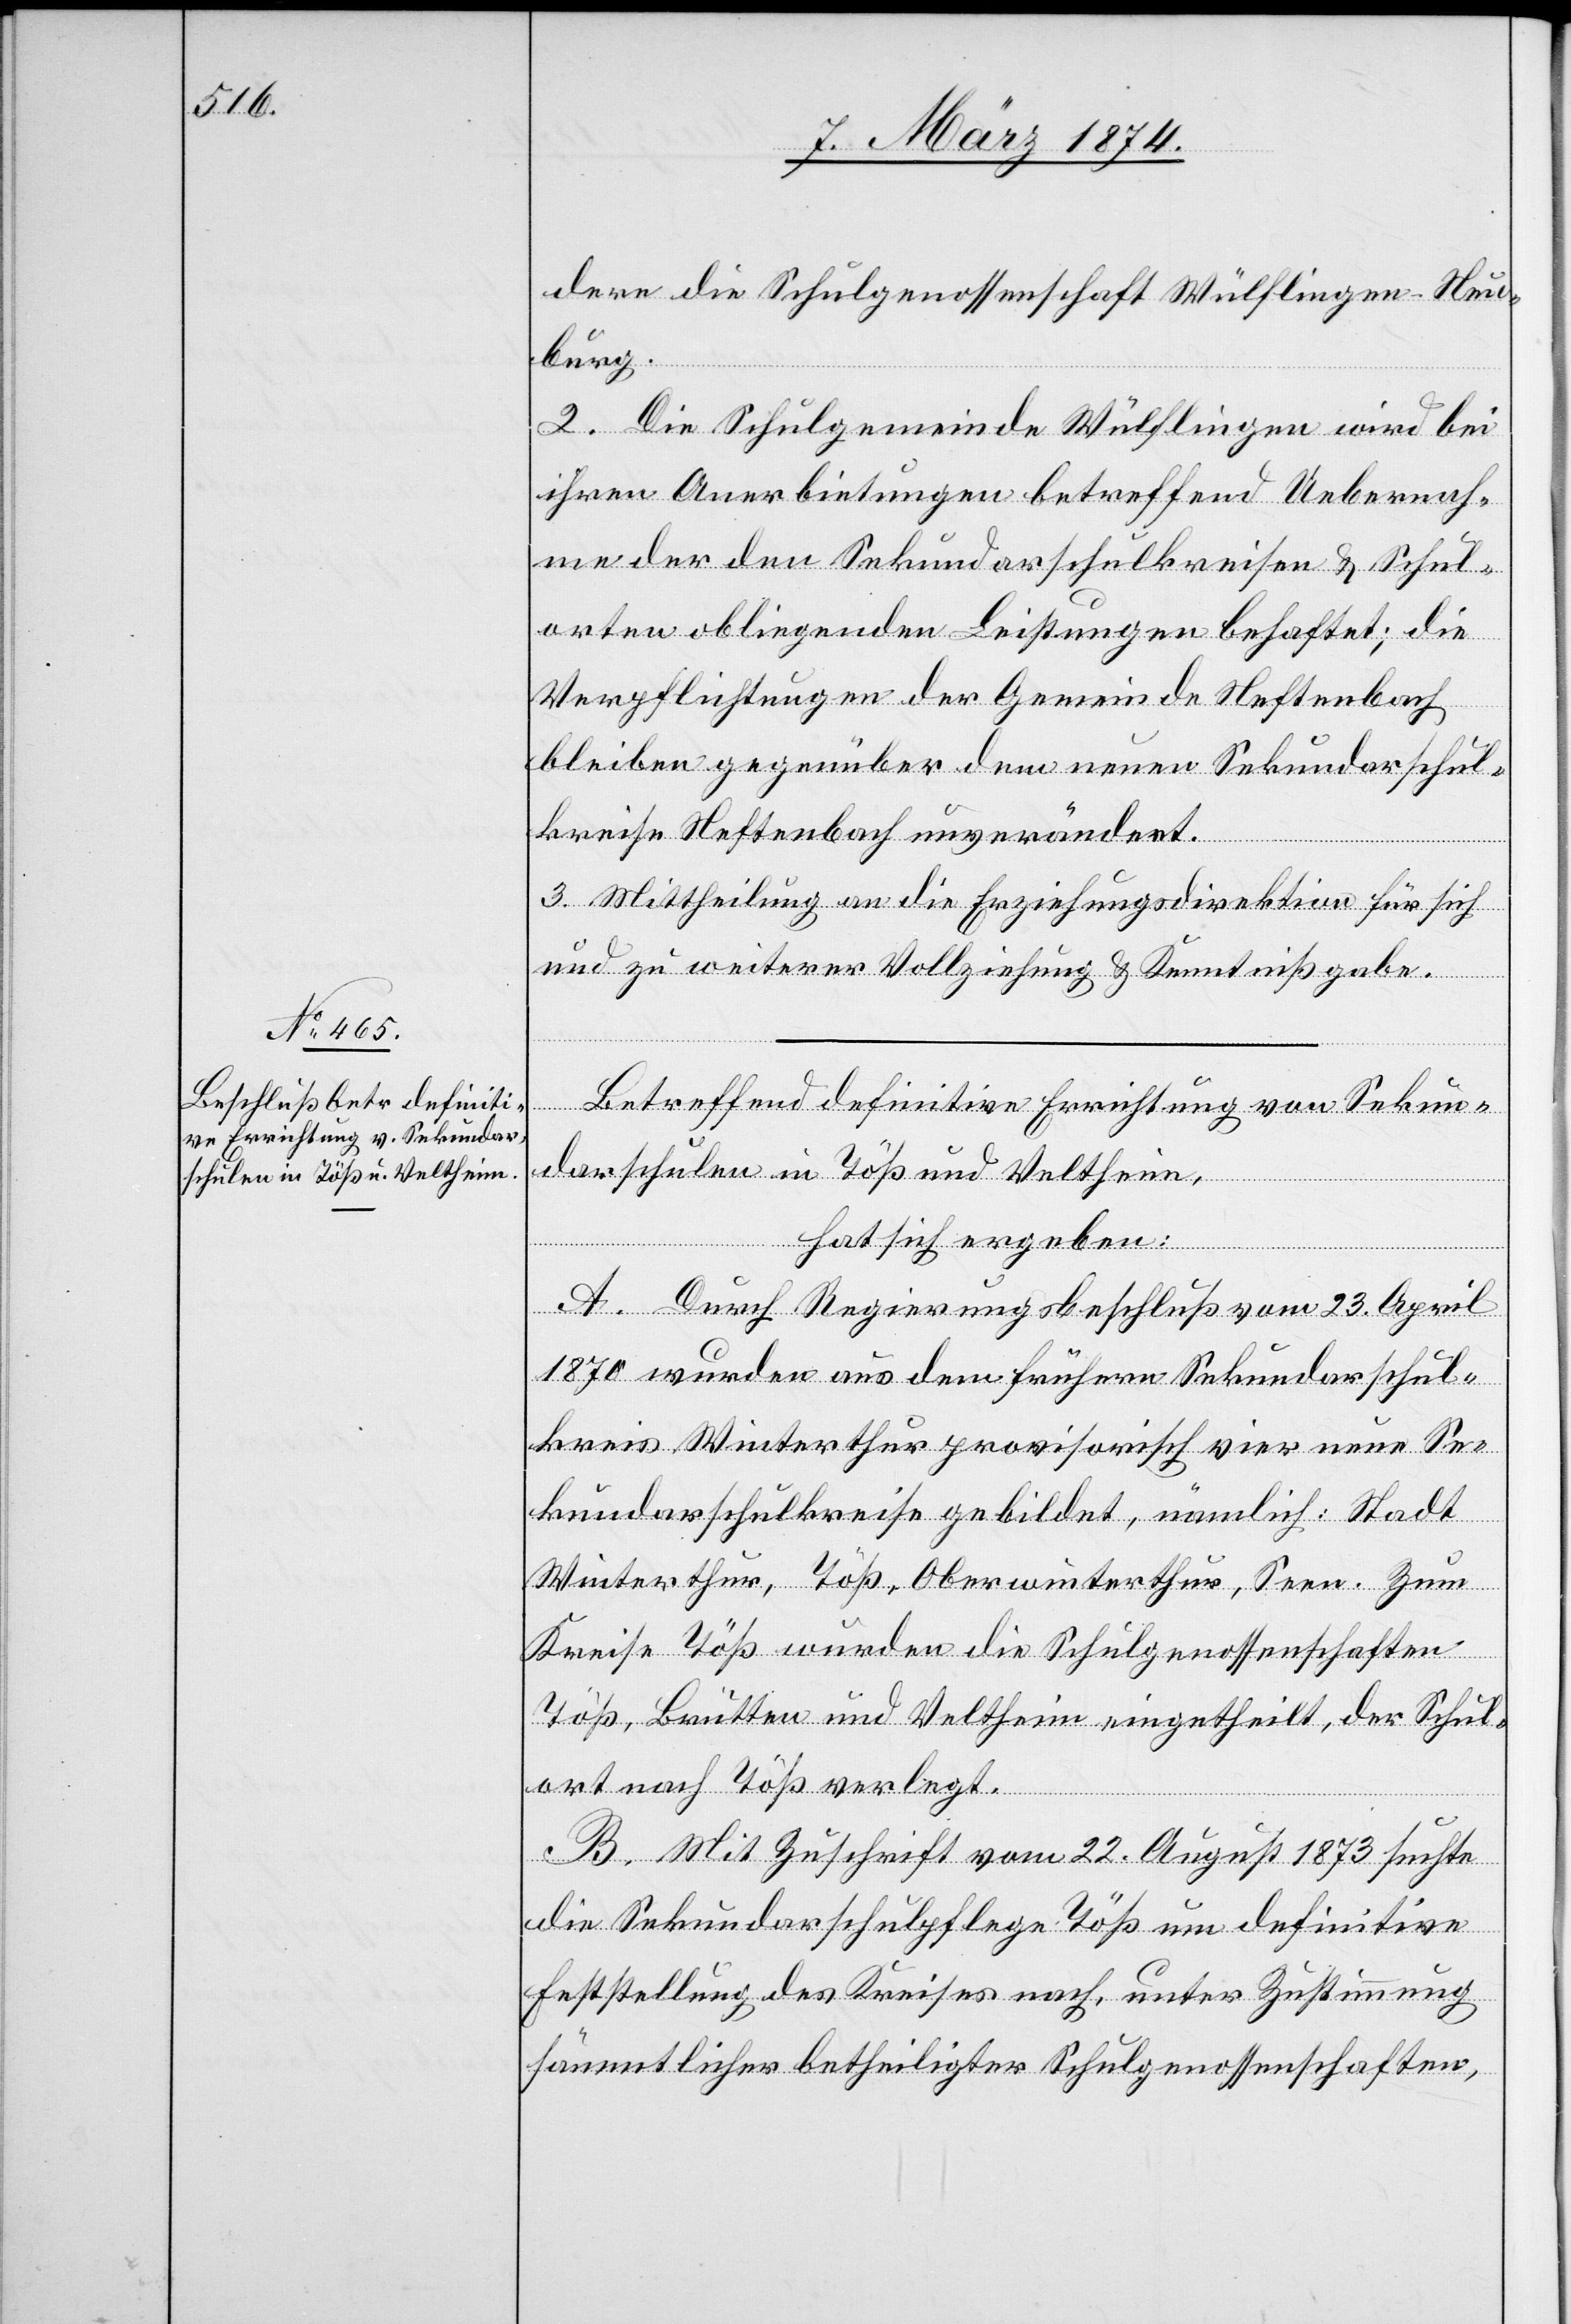
dere die Schulgenossenschaft Wülflingen-Heu¬
burg.
2. Die Schulgemeinde Wülflingen wird bei
ihren Anerbietungen betreffend Uebernah¬
me der den Sekundarschulkreisen u. Schul¬
arten obliegenden Leistungen behaftet; die
Verpflichtungen der Gemeinde Neftenbach
bleiben gegenüber dem neuen Sekundarschul¬
kreise Neftenbach unverändert.
3. Mittheilung an die Erziehungsdirektion für sich
und zu weiterer Vollziehung u. Kenntnißgabe.
Betreffend definitive Errichtung von Sekun¬
darschulen in Töß und Veltheim,
hat sich ergeben:
A. Durch Regierungsbeschluß vom 23. April
1870 wurden aus dem frühern Sekundarschul¬
kreis Winterthur provisorisch vier neue Se¬
kundarschulkreise gebildet, nämlich: Stadt
Winterthur, Töß, Oberwinterthur, Seen. Zum
Kreise Töß wurden die Schulgenossenschaften
Töß, Brütten und Veltheim eingetheilt, der Schul¬
ort nach Töß verlegt.
B. Mit Zuschrift vom 22. August 1873 suchte
die Sekundarschulpflege Töß um definitive
Feststellung des Kreises nach, unter Zustimmung
sämmtlicher betheiligter Schulgenossenschaften,